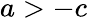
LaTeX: a>-c